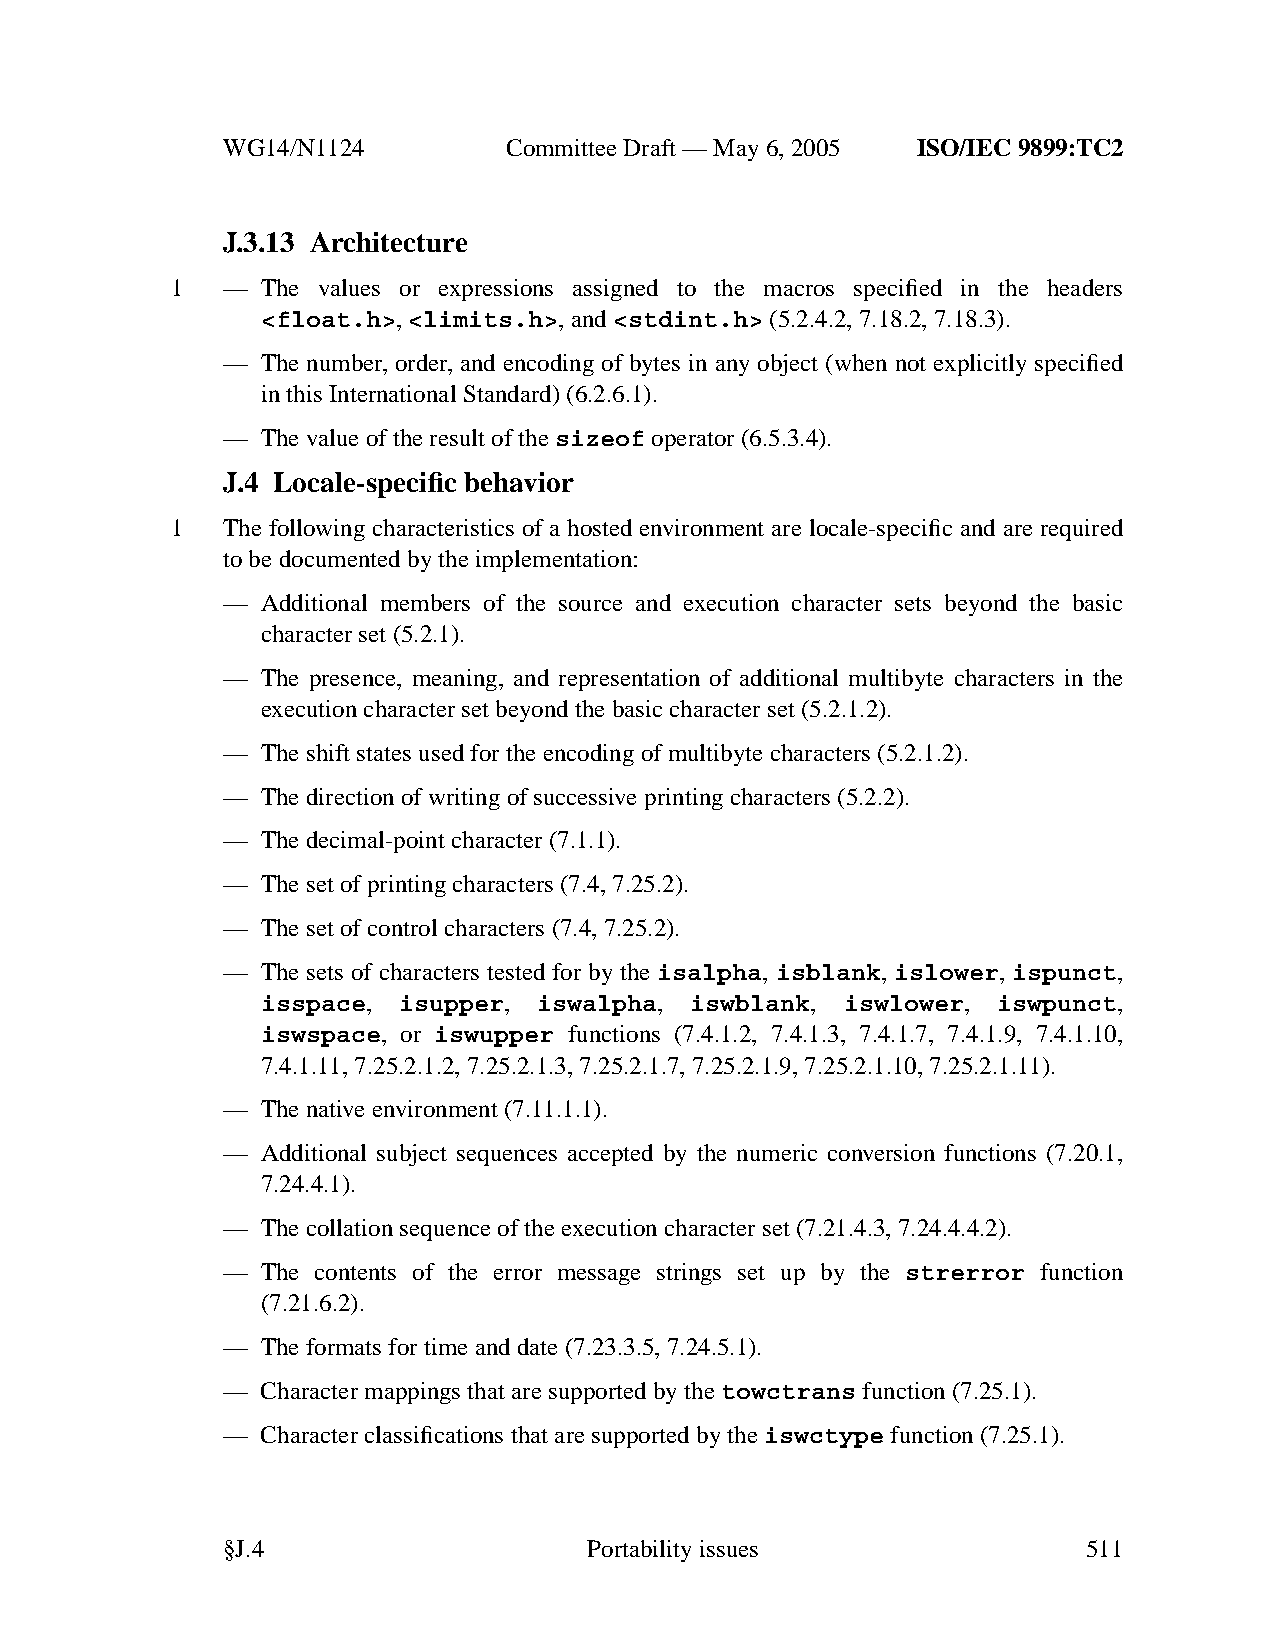
WG14/N1124        CommitteeDraft — May 6, 2005 ISO/IEC 9899:TC2
 J.3.13 Architecture
 1   — The values or expressions assigned to the macros specified in the headers
 <float.h>,<limits.h>,and<stdint.h> (5.2.4.2, 7.18.2, 7.18.3).
 — The number, order, and encoding of bytes in any object (when not explicitly specified
 in this International Standard) (6.2.6.1).
 — The value of the result of thesizeof operator (6.5.3.4).
 J.4 Locale-specific behavior
 1   The following characteristics of a hosted environment are locale-specific and are required
 to be documented by the implementation:
 — Additional members of the source and execution character sets beyond the basic
 character set (5.2.1).
 — The presence, meaning, and representation of additional multibyte characters in the
 execution character set beyond the basic character set (5.2.1.2).
 — The shift states used for the encoding of multibyte characters (5.2.1.2).
 — The direction of writing of successive printing characters (5.2.2).
 — The decimal-point character (7.1.1).
 — The set of printing characters (7.4, 7.25.2).
 — The set of control characters (7.4, 7.25.2).
 — The sets of characters tested for by the isalpha, isblank, islower, ispunct,
 isspace, isupper,  iswalpha, iswblank, iswlower, iswpunct,
 iswspace, or iswupper functions (7.4.1.2, 7.4.1.3, 7.4.1.7, 7.4.1.9, 7.4.1.10,
 7.4.1.11, 7.25.2.1.2, 7.25.2.1.3, 7.25.2.1.7, 7.25.2.1.9, 7.25.2.1.10, 7.25.2.1.11).
 — The native environment (7.11.1.1).
 — Additional subject sequences accepted by the numeric conversion functions (7.20.1,
 7.24.4.1).
 — The collation sequence of the execution character set (7.21.4.3, 7.24.4.4.2).
 — The contents of the error message strings set up by the strerror function
 (7.21.6.2).
 — The formats for time and date (7.23.3.5, 7.24.5.1).
 — Character mappings that are supported by thetowctrans function (7.25.1).
 — Character classifications that are supported by theiswctype function (7.25.1).
 §J.4                    Portabilityissues                511